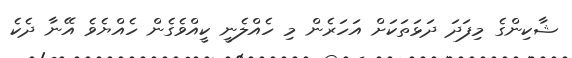
ޝާކިންގެ މިފަދަ ދަޅަތަކަށް އަހަރެން މި ހެއްލެނީ ކީއްވެގެން ހެއްޔެވެ އޭނާ ދެކެ